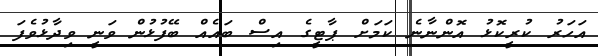
އަހަރު ކުރީކޮޅު އޮންނާނެ ކަމަށް ޕާޓީގެ އިސް ބައެއް ބޭފުޅުން ވަނީ ވިދާޅުވެފަ